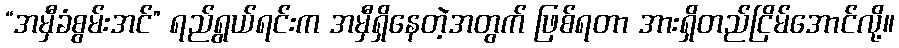
“အမှီခံစွမ်းအင်” ရည်ရွယ်ရင်းက အမှီရှိနေတဲ့အတွက် ဖြစ်ရတာ အားရှိတည်ငြိမ်အောင်လို့။